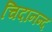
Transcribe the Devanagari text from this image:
चिदानन्‍द